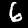
Label: 6